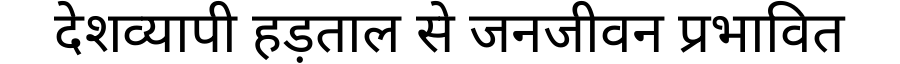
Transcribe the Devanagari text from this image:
देशव्यापी हड़ताल से जनजीवन प्रभावित